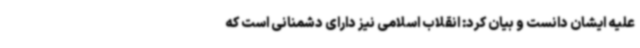
علیه ایشان دانست و بیان کرد: انقلاب اسلامی نیز دارای دشمنانی است که